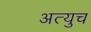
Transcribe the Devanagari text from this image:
अत्युच